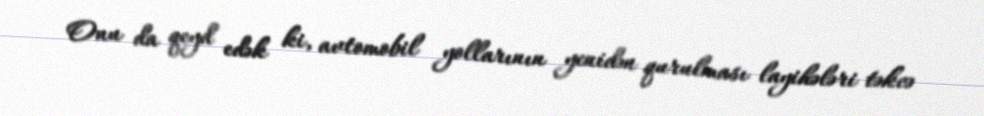
Onu da qeyd edək ki, avtomobil yollarının yenidən qurulması layihələri təkcə